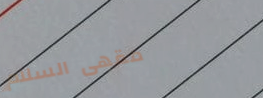
مقهى السلام